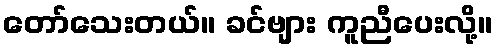
တော်သေးတယ်။ ခင်ဗျား ကူညီပေးလို့။